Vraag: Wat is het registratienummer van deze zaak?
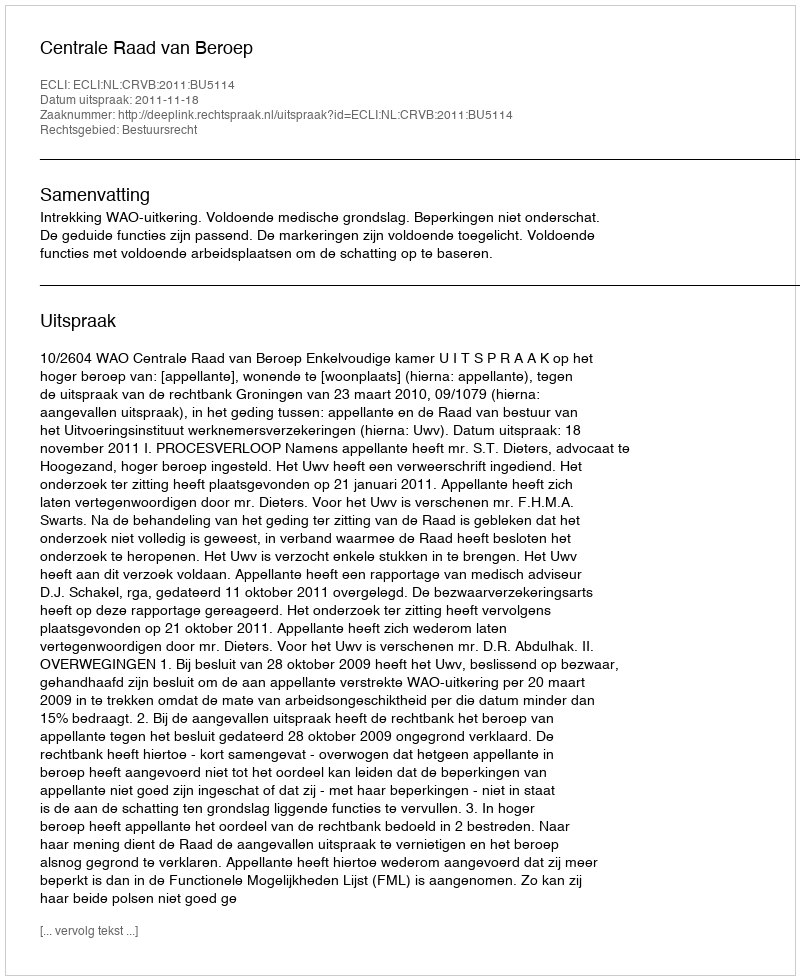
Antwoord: http://deeplink.rechtspraak.nl/uitspraak?id=ECLI:NL:CRVB:2011:BU5114